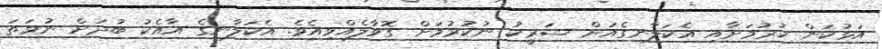
އަޅުކަން ކުރުމަށާއި އެކަލާނގެއަށް ޝަރީކު ނުކުރުމަށް ގޮވާލެއްވިއެވެ. އެކަލާނގެ އާއެކު ބުދަށް ނުވަތަ